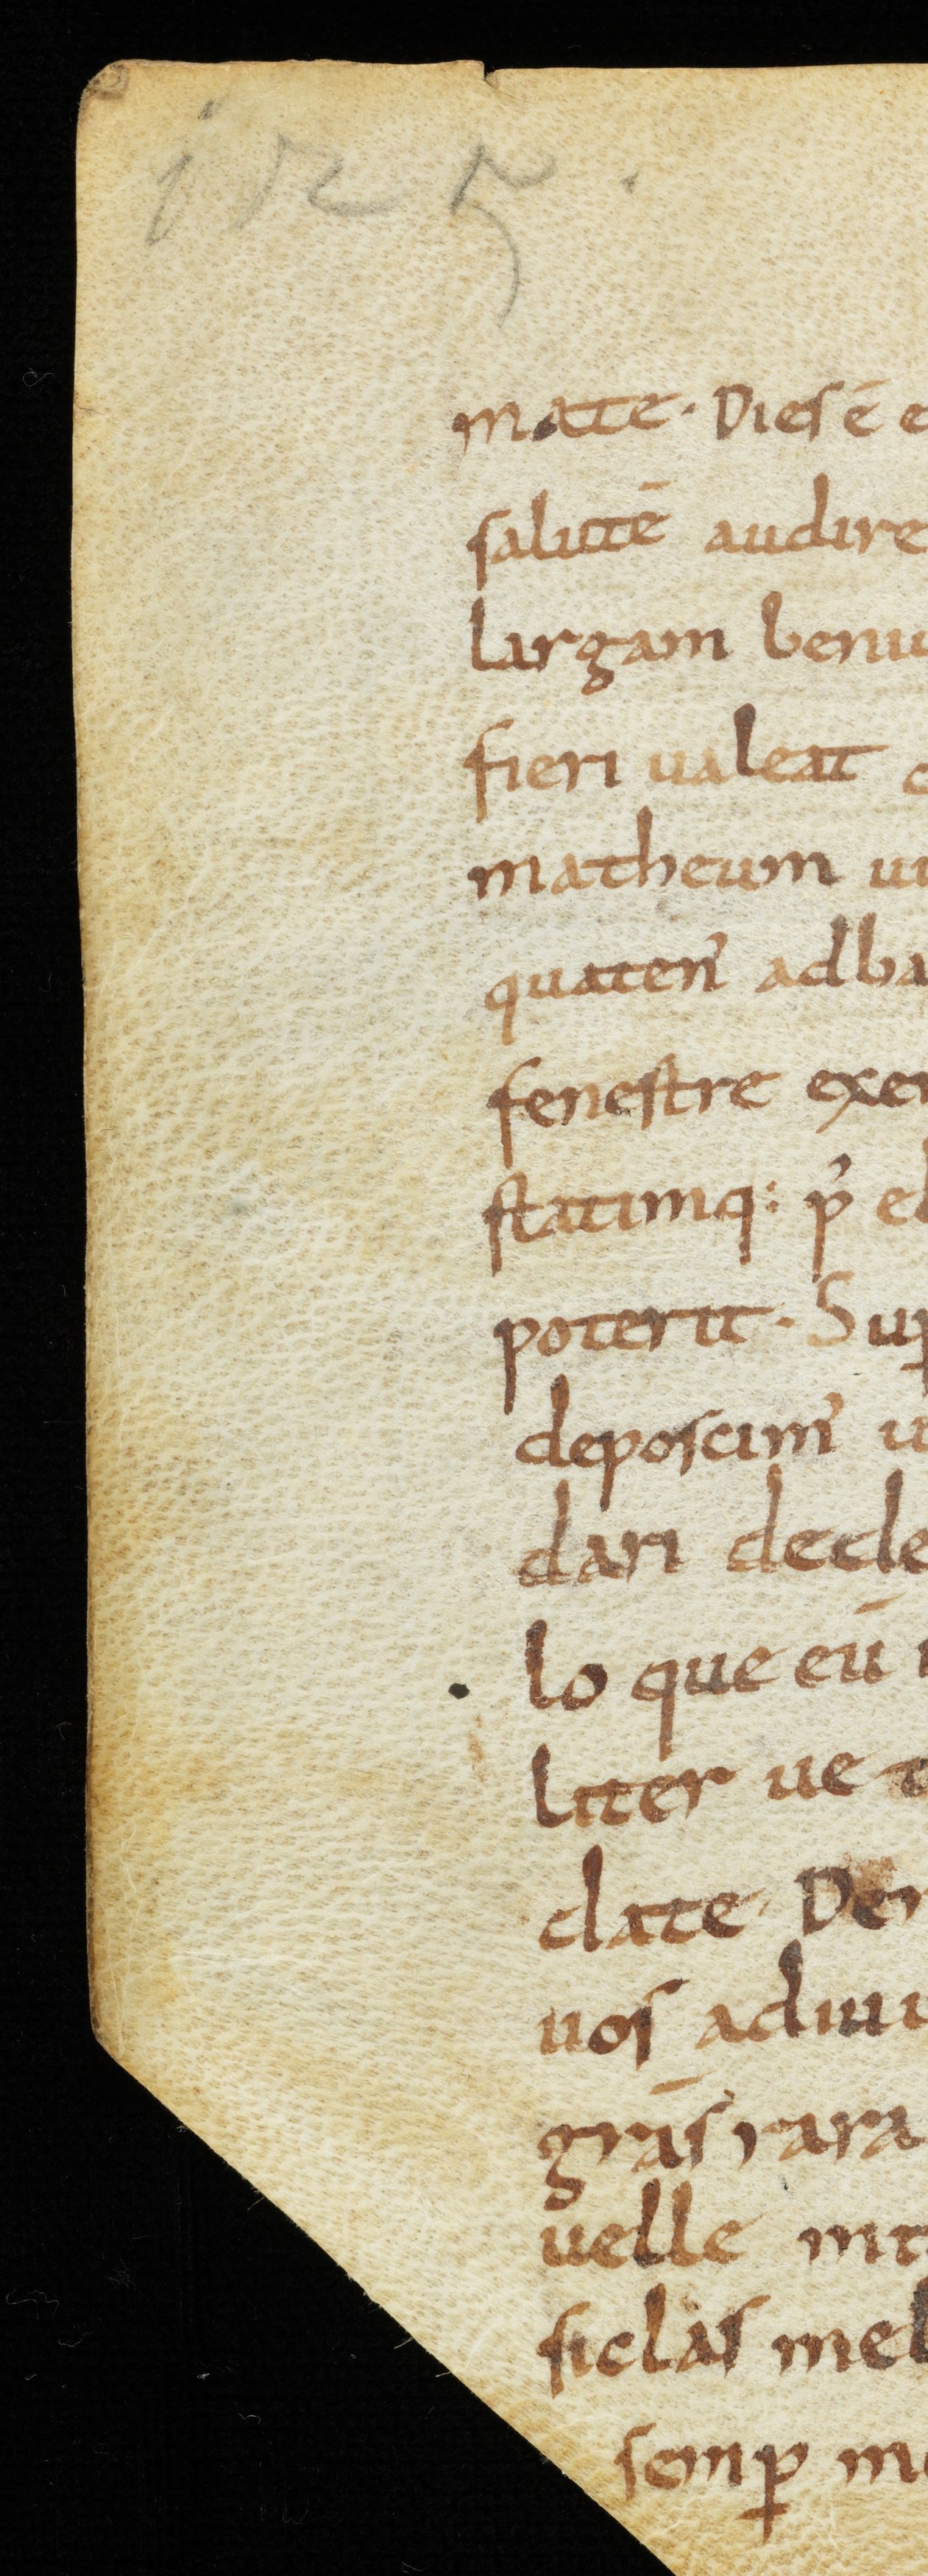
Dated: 850–899